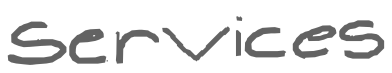
Text: services
Cross-out: clean
Writing tool: digital_gray